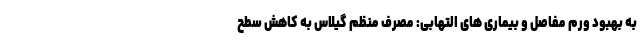
به بهبود ورم مفاصل و بیماری های التهابی: مصرف منظم گیلاس به کاهش سطح